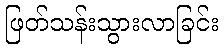
ဖြတ်သန်းသွားလာခြင်း